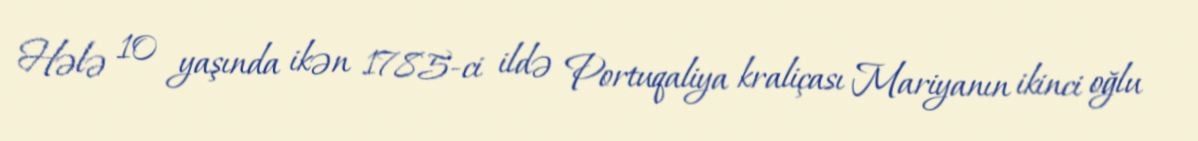
Hələ 10 yaşında ikən 1785-ci ildə Portuqaliya kraliçası Mariyanın ikinci oğlu